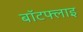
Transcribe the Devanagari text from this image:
बॉटफ्लाइ